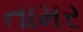
તામર